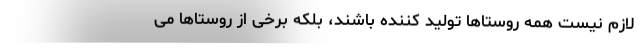
لازم نیست همه روستاها تولید کننده باشند، بلکه برخی از روستاها می